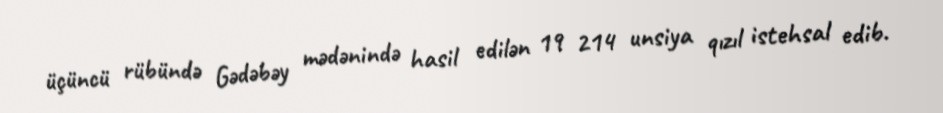
üçüncü rübündə Gədəbəy mədənində hasil edilən 19 214 unsiya qızıl istehsal edib.